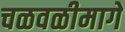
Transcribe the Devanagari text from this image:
चळवळीमागे